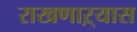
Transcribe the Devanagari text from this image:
राखणाऱ्यास